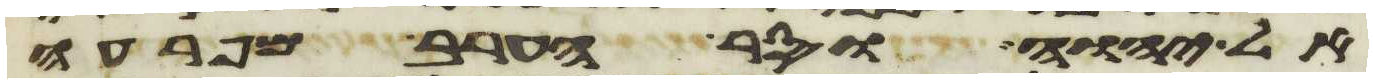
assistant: אל יהוה וסר הערב מפרעה